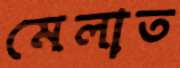
মেলাত